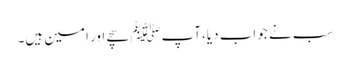
سب نے جواب دیا،آپﷺ سچے اور امین ہیں۔